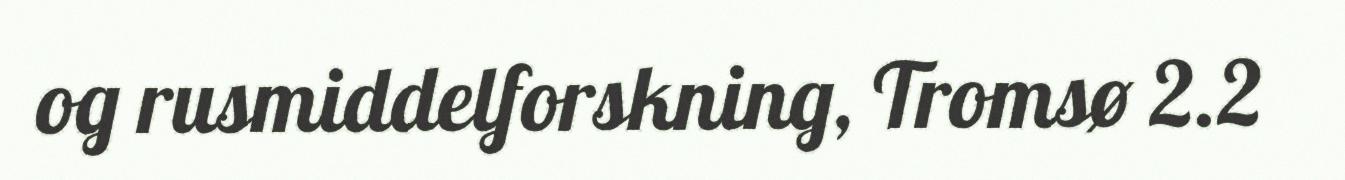
og rusmiddelforskning, Tromsø 2.2